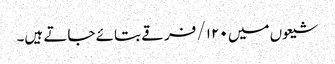
شیعوں میں ۱۲۰/ فرقے بتائے جاتے ہیں۔